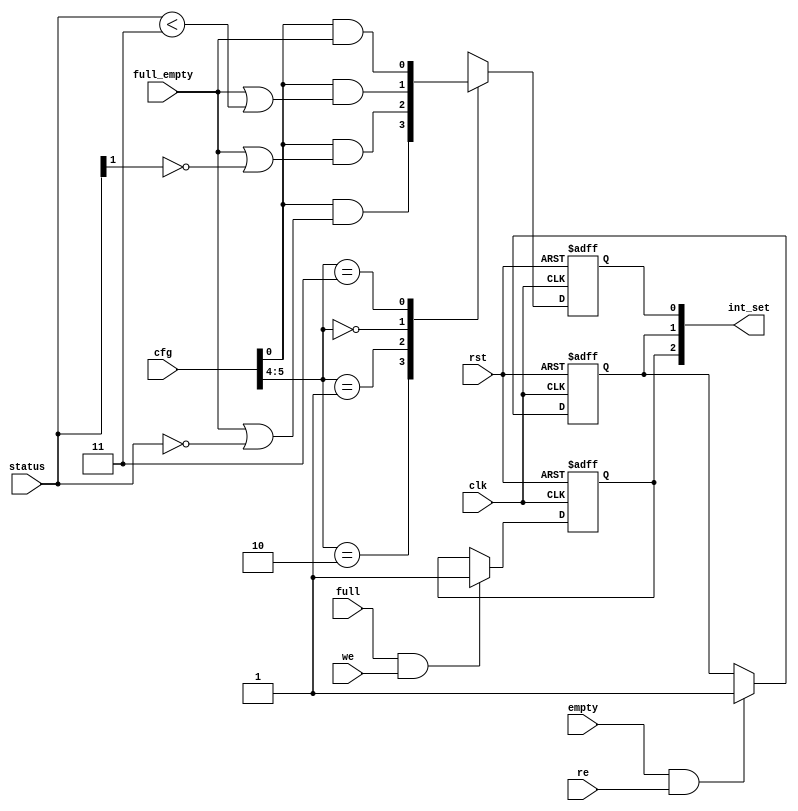
module ac97_int(clk, rst,
		int_set,
		cfg, status, full_empty, full, empty, re, we
		);
input		clk, rst;
output	[2:0]	int_set;
input	[7:0]	cfg;
input	[1:0]	status;
input		full_empty, full, empty, re, we;
reg	[2:0]	int_set;
always @(posedge clk or negedge rst)
	if(!rst)	int_set[0] <= #1 1'b0;
	else
	case(cfg[5:4])	
	   2'h2: int_set[0] <= #1 cfg[0] & (full_empty | (status == 2'h0));
	   2'h1: int_set[0] <= #1 cfg[0] & (full_empty | (status[1] == 1'h0));
	   2'h0: int_set[0] <= #1 cfg[0] & (full_empty | (status < 2'h3));	
	   2'h3: int_set[0] <= #1 cfg[0] & full_empty;
	endcase
always @(posedge clk or negedge rst)
	if(!rst)	int_set[1] <= #1 1'b0;
	else
	if(empty & re)	int_set[1] <= #1 1'b1;
always @(posedge clk or negedge rst)
	if(!rst)	int_set[2] <= #1 1'b0;
	else
	if(full & we)	int_set[2] <= #1 1'b1;
endmodule